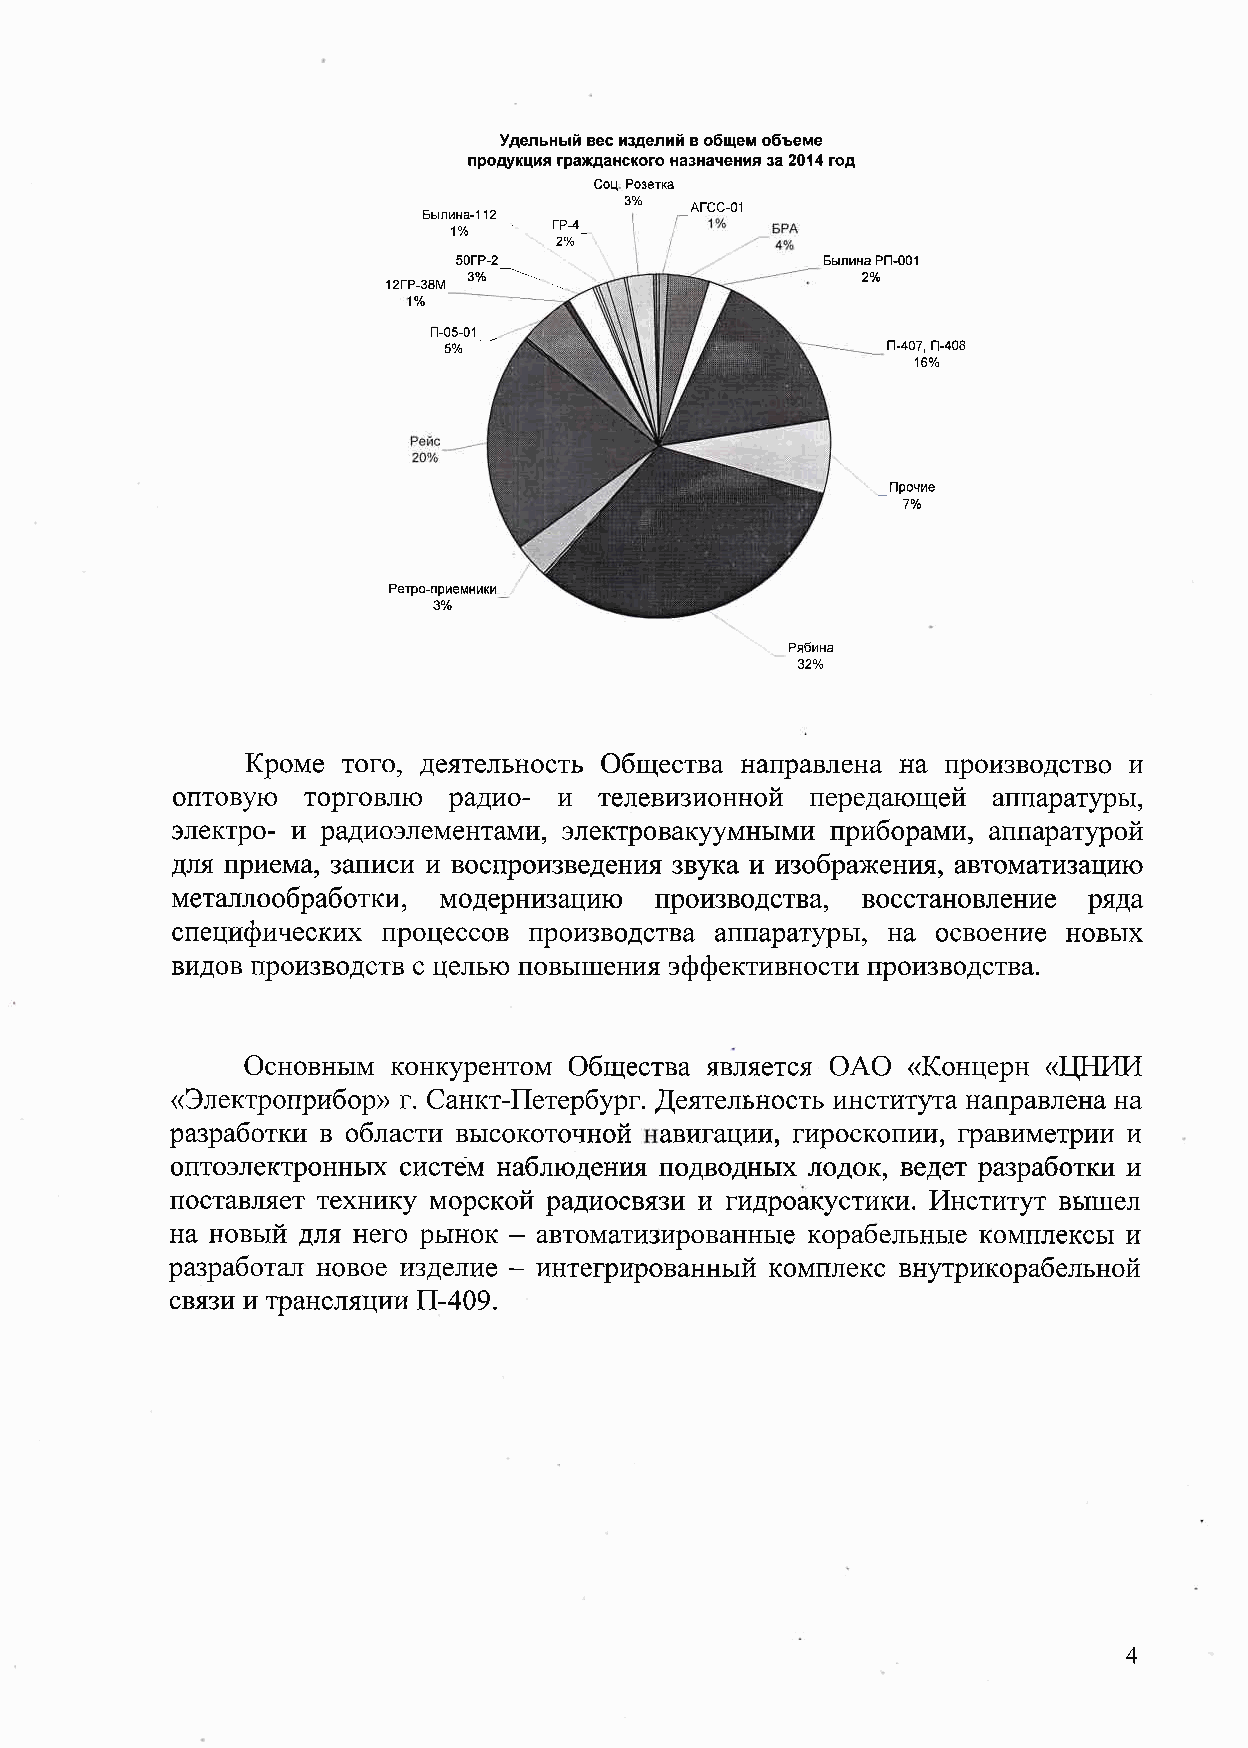
Удельный  вес  изделий  в  общем  объеме
 продукция  гражданского  назначения  за       год
 Соц  Розетка
 з
 Агсс  о
 Былина          гр
 о  о
 уо
 гр                     Былина  Рп
 гр  з  м  зуо                 о  о
 п
 п       п
 Прочие
 о  о
 Ретро  приемники
 з
 Рябина
 оь
 Кроме  того   деятельность Общества  направлена  на  производство  и
 оптовую  торговлю  радио   и телевизионной  передающей  аппаратуры
 электро   и  радиоэлементами   электровакуумными  приборами   апцаратурой
 для  приема   записи  и  воспроизведени    звука  и  изображения   автоматизацию
 мет€    лообработки   модернизацию    роизводства   восстановление
 ряда
 специфических  процессов  производства  аппаратуры   на  освоение  новых
 видов  производств  с  целью  повышения  эффектив   ости  производства
 Основным  конкурентом  Общества  является  ОАО   Концерн     Е  ИИ
 Электроприбор    г   Санкт  Петербург     института  направлена  на
 Щеятельность
 разработки  в  области  высокоточноЙ  авигации   гироскопии   гравиметрии  и
 оптоэлектронных  систем  наблюдени    подводных  лодок   ведет  разработки  и
 поставляет  технику  морской  радиосвязи  и  гидроакустики   Институт  вышел
 на  новыЙ  для  него  рынок    автоматизированные  корабельные  комплексы  и
 разработ€  п  новое  изделие    интегрированныЙ  комплекс  внутрикорабельноЙ
 связи  и  трансляции  П